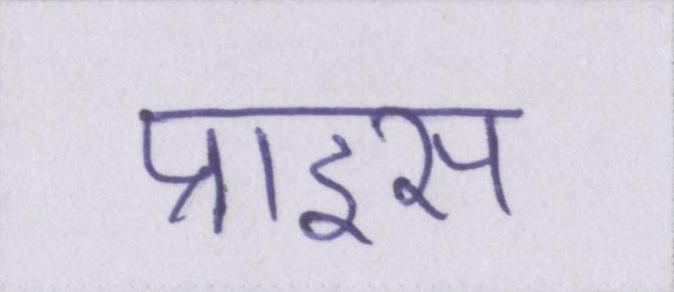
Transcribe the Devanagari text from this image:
प्राइस